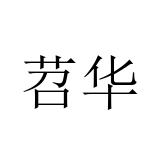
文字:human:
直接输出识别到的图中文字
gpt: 苕华